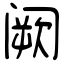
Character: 阙